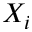
X _ { i }